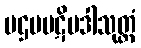
ပဌမပဋိပဒါသုတ္တံ